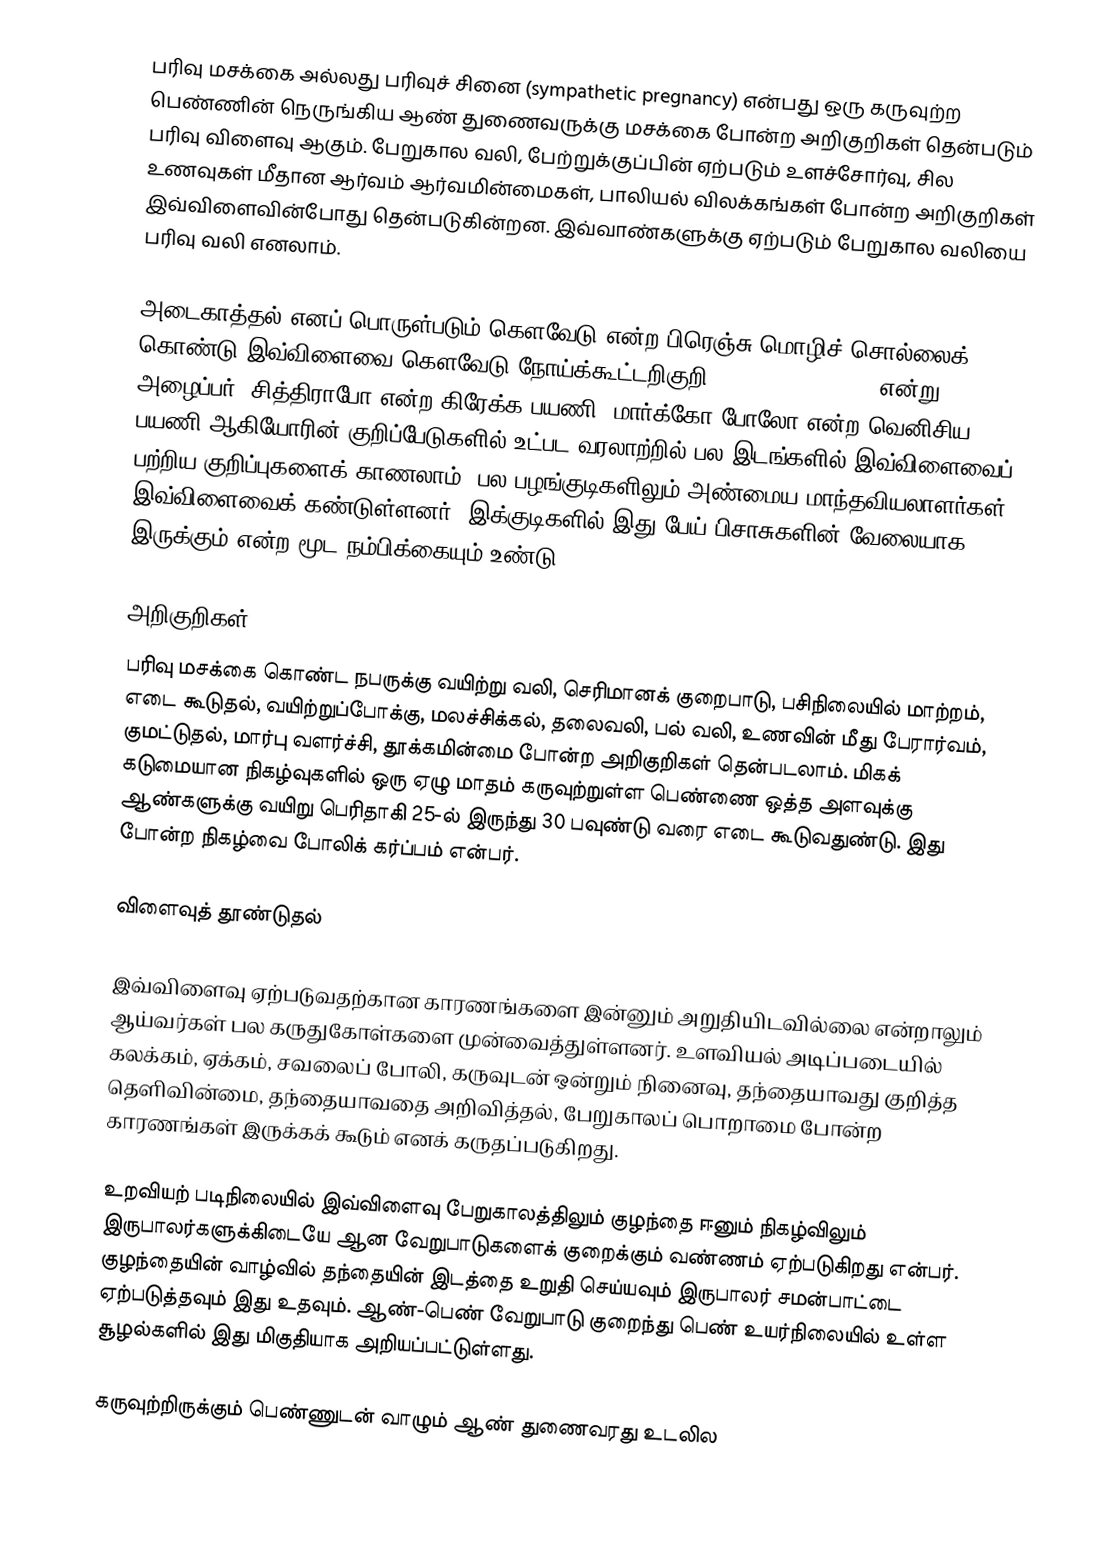
பரிவு மசக்கை அல்லது பரிவுச் சினை (sympathetic pregnancy) என்பது ஒரு கருவுற்ற பெண்ணின் நெருங்கிய ஆண் துணைவருக்கு மசக்கை போன்ற அறிகுறிகள் தென்படும் பரிவு விளைவு ஆகும். பேறுகால வலி, பேற்றுக்குப்பின் ஏற்படும் உளச்சோர்வு, சில உணவுகள் மீதான ஆர்வம் ஆர்வமின்மைகள், பாலியல் விலக்கங்கள் போன்ற அறிகுறிகள் இவ்விளைவின்போது தென்படுகின்றன. இவ்வாண்களுக்கு ஏற்படும் பேறுகால வலியை பரிவு வலி எனலாம்.

அடைகாத்தல் எனப் பொருள்படும் கௌவேடு என்ற பிரெஞ்சு மொழிச் சொல்லைக் கொண்டு இவ்விளைவை கௌவேடு நோய்க்கூட்டறிகுறி (couvade syndrome) என்று அழைப்பர்.  சித்திராபோ என்ற கிரேக்க பயணி, மார்க்கோ போலோ என்ற வெனிசிய பயணி ஆகியோரின் குறிப்பேடுகளில் உட்பட வரலாற்றில் பல இடங்களில் இவ்விளைவைப் பற்றிய குறிப்புகளைக் காணலாம். பல பழங்குடிகளிலும் அண்மைய மாந்தவியலாளர்கள் இவ்விளைவைக் கண்டுள்ளனர். இக்குடிகளில் இது பேய் பிசாசுகளின் வேலையாக இருக்கும் என்ற மூட நம்பிக்கையும் உண்டு.

அறிகுறிகள்
பரிவு மசக்கை கொண்ட நபருக்கு வயிற்று வலி, செரிமானக் குறைபாடு, பசிநிலையில் மாற்றம், எடை கூடுதல், வயிற்றுப்போக்கு, மலச்சிக்கல், தலைவலி, பல் வலி, உணவின் மீது பேரார்வம், குமட்டுதல், மார்பு வளர்ச்சி, தூக்கமின்மை போன்ற அறிகுறிகள் தென்படலாம். மிகக் கடுமையான நிகழ்வுகளில் ஒரு ஏழு மாதம் கருவுற்றுள்ள பெண்ணை ஒத்த அளவுக்கு ஆண்களுக்கு வயிறு பெரிதாகி 25-ல் இருந்து 30 பவுண்டு வரை எடை கூடுவதுண்டு. இது போன்ற நிகழ்வை போலிக் கர்ப்பம் என்பர்.

விளைவுத் தூண்டுதல்

இவ்விளைவு ஏற்படுவதற்கான காரணங்களை இன்னும் அறுதியிடவில்லை என்றாலும் ஆய்வர்கள் பல கருதுகோள்களை முன்வைத்துள்ளனர். உளவியல் அடிப்படையில் கலக்கம், ஏக்கம், சவலைப் போலி, கருவுடன் ஒன்றும் நினைவு, தந்தையாவது குறித்த தெளிவின்மை, தந்தையாவதை அறிவித்தல், பேறுகாலப் பொறாமை போன்ற காரணங்கள் இருக்கக் கூடும் எனக் கருதப்படுகிறது.

உறவியற் படிநிலையில் இவ்விளைவு பேறுகாலத்திலும் குழந்தை ஈனும் நிகழ்விலும் இருபாலர்களுக்கிடையே ஆன வேறுபாடுகளைக் குறைக்கும் வண்ணம் ஏற்படுகிறது என்பர். குழந்தையின் வாழ்வில் தந்தையின் இடத்தை உறுதி செய்யவும் இருபாலர் சமன்பாட்டை ஏற்படுத்தவும் இது உதவும். ஆண்-பெண் வேறுபாடு குறைந்து பெண் உயர்நிலையில் உள்ள சூழல்களில் இது மிகுதியாக அறியப்பட்டுள்ளது.

கருவுற்றிருக்கும் பெண்ணுடன் வாழும் ஆண் துணைவரது உடலில